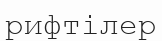
рифтілер